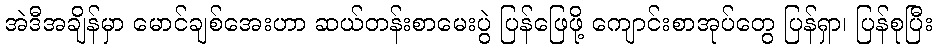
အဲဒီအချိန်မှာ မောင်ချစ်အေးဟာ ဆယ်တန်းစာမေးပွဲ ပြန်ဖြေဖို့ ကျောင်းစာအုပ်တွေ ပြန်ရှာ၊ ပြန်စုပြီး